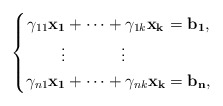
\begin{align*}\left\{ \begin{alignedat}{4} \gamma_{11}\mathbf{x_1} &+ \cdots &&+ \gamma_{1k}\mathbf{x_k} &&= \mathbf{b_1}, \\ \;\vdots & &&\quad\vdots \\ \gamma_{n1}\mathbf{x_1} &+ \cdots &&+ \gamma_{nk}\mathbf{x_k} &&= \mathbf{b_n}, \end{alignedat}\right.\end{align*}